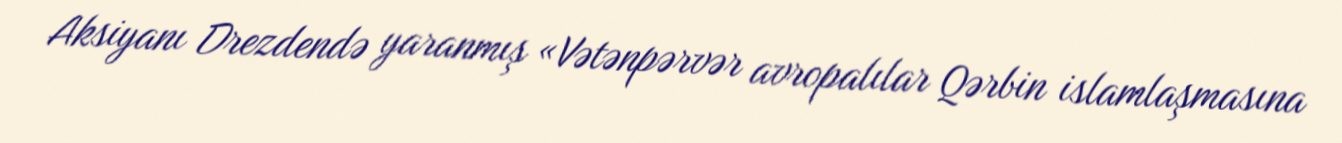
Aksiyanı Drezdendə yaranmış «Vətənpərvər avropalılar Qərbin islamlaşmasına